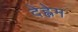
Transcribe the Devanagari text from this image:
देह्लेम